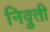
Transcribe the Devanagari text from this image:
निव्रुत्ती